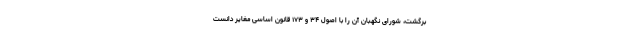
برگشت، شورای نگهبان آن را با اصول ۳۴ و ۱۷۳ قانون اساسی مغایر دانست